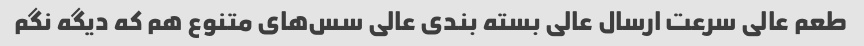
طعم عالی سرعت ارسال عالی بسته بندی عالی سس‌های متنوع هم که دیگه نگم